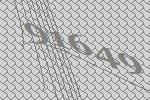
91649